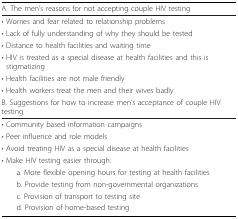
| A. The men's reasons for not accepting couple HIV testing |
 | --- |
 | • Worries and fear related to relationship problems |
 | • Lack of fully understanding of why they should be tested |
 | • Distance to health facilities and waiting time |
 | • HIV is treated as a special disease at health facilities and this is stigmatizing |
 | • Health facilities are not male friendly |
 | • Health workers treat the men and their wives badly |
 | B. Suggestions for how to increase men's acceptance of couple HIV testing |
 | • Community based information campaigns |
 | • Peer influence and role models |
 | • Avoid treating HIV as a special disease at health facilities |
 | • Make HIV testing easier through: |
 | a. More flexible opening hours for testing at health facilities |
 | b. Provide testing from non-governmental organizations |
 | c. Provision of transport to testing site |
 | d. Provision of home-based testing |